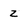
Character: z